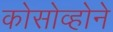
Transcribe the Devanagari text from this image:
कोसोव्होने